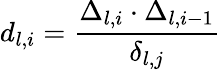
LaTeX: d_{l,i}=\frac{\Delta_{l,i}\cdot\Delta_{l,i-1}}{\delta_{l,j}}